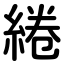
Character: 綣